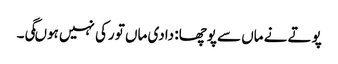
پوتے نے ماں سے پوچھا: دادی ماں تو رکی نہیں ہوںگی۔